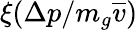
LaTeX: \xi(\Delta p/m_{g}\overline{{v}})